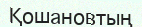
Қошановтың